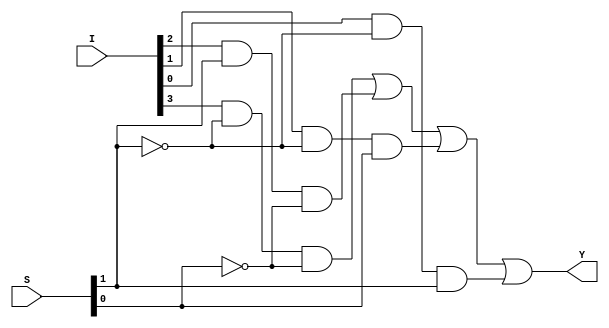
module mul_4x1(
	input [0:3] I,
	input [0:1] S,
	output Y
);
    wire w1,w2,w3,w4,w5,w6;
    not n1(w1,S[0]);
	not n2(w2,S[1]);
	and G1(w3,I[0],w1,w2);
	and G2(w4,I[1],S[0],w2);
	and G3(w5,I[2],w1,S[1]);
	and G4(w6,I[3],w1,S[0]);
	or G5(Y,w3,w4,w5,w6);

endmodule